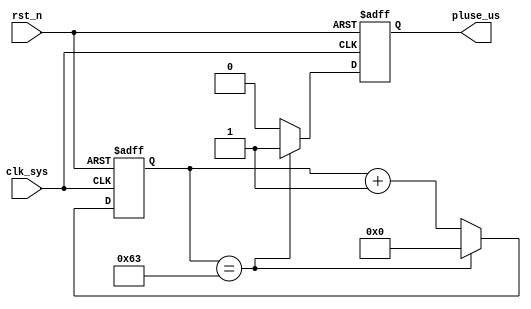
//pluse_us_gen.v

//clk_sys = 100M => LEN_1US = 99(100-1)
//clk_sys = 80M => LEN_1US = 79(80-1)
`define LEN_1US  8'd99
//SIM : LEN_1US_SIM = 0(1-1)
//`define LEN_1US_SIM 	8'd0	
`define LEN_1US_SIM 	8'd99

module pluse_us_gen(
pluse_us,
clk_sys,
rst_n
);
output pluse_us;
input clk_sys;
input rst_n;
//------------------------------------
//------------------------------------

reg [7:0] cnt_cycle;
always @ (posedge clk_sys or negedge rst_n)	begin
	if(~rst_n)
		cnt_cycle <= 8'h0;
`ifdef SIM
	else if(cnt_cycle == `LEN_1US_SIM)		//SIM 1 cycle == 1us
`else
	else if(cnt_cycle == `LEN_1US)
`endif
		cnt_cycle <= 8'h0;
	else 
		cnt_cycle <= cnt_cycle + 8'h1;
end

reg pluse_us;
always @ (posedge clk_sys or negedge rst_n)	begin
	if(~rst_n)
		pluse_us <= 1'b0;
`ifdef SIM
	else if(cnt_cycle == `LEN_1US_SIM)
`else
	else if(cnt_cycle == `LEN_1US)
`endif
		pluse_us <= 1'b1;
	else 
		pluse_us <= 1'b0;
end


endmodule